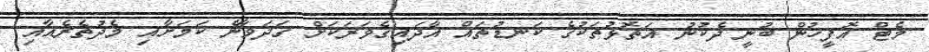
މެޓް އޮފީހުން ބުނީ ދެކުނު އަތޮޅުތަކުގެ ކަނޑުތައް އާދައިގެވަރަކަށް ގަދަވާނެ ކަމަށާއި މެދުތެރެއާއި